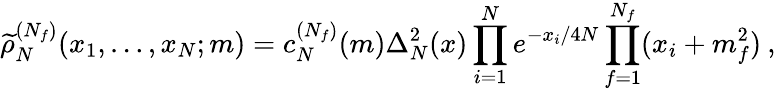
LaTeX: \widetilde\rho_{N}^{(N_{f})}(x_{1},\ldots,x_{N};m)=c_{N}^{(N_{f})}(m)\Delta_{N}^{2}(x)\prod_{i=1}^{N}e^{-x_{i}/4N}\prod_{f=1}^{N_{f}}(x_{i}+m_{f}^{2})\: ,